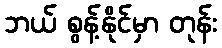
ဘယ် စွန့်နိုင်မှာ တုန်း